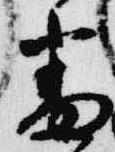
番